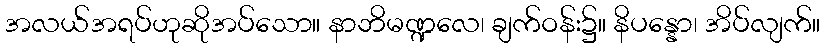
အလယ်အရပ်ဟုဆိုအပ်သော။ နာဘိမဏ္ဍလေ၊ ချက်ဝန်း၌။ နိပန္နော၊ အိပ်လျက်။